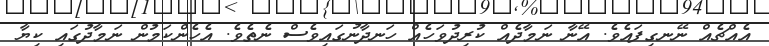
އެއްޗެއް ނޭނގިފައެވެ. އޭނާ ނަމާދެއް ކުރިދުވަހެއް ހަނދާނުގައިވެސް ނެތެވެ. އެހެންކަމުން ނަމާދުގައި ކިޔާ